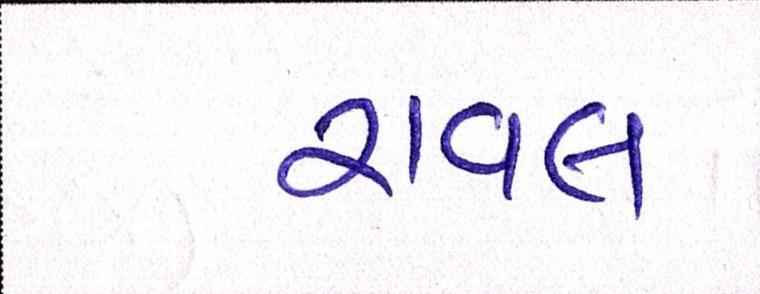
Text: રાવલ